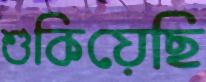
শুকিয়েছি